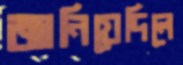
জানিয়েদিলে